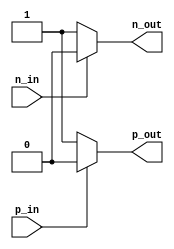
module ECLBuffer (
    input p_in,
    input n_in,
    output p_out,
    output n_out
);

// Differential amplifier for input signal conditioning
reg p_in_reg, n_in_reg;
assign p_in_reg = p_in;
assign n_in_reg = n_in;

// Level shifter for voltage conversion
reg p_out_reg, n_out_reg;
always @* begin
    if (p_in_reg == 1'b1) begin
        p_out_reg = 1'b0;
    end else begin
        p_out_reg = 1'b1;
    end
end

always @* begin
    if (n_in_reg == 1'b1) begin
        n_out_reg = 1'b0;
    end else begin
        n_out_reg = 1'b1;
    end
end

// Drive circuit for providing output signal
assign p_out = p_out_reg;
assign n_out = n_out_reg;

endmodule